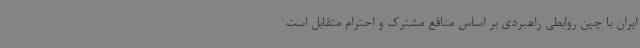
ایران با چین روابطی راهبردی بر اساس منافع مشترک و احترام متقابل است.